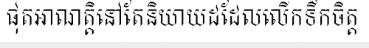
ផុតអាណត្តិនៅតែនិយាយដដែលលើកទឹកចិត្ត